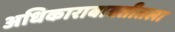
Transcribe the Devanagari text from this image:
अधिकाराबाबतीतला